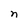
Character: n